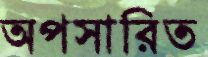
অপসারিত